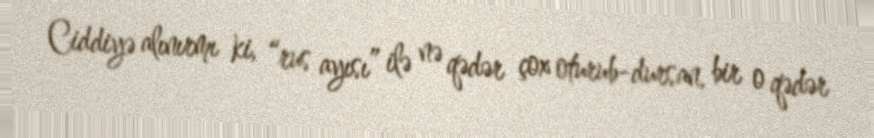
Ciddiyə alınırmı ki, “rus ayısı” ilə nə qədər çox oturub-dursan, bir o qədər